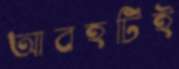
আবহটিই